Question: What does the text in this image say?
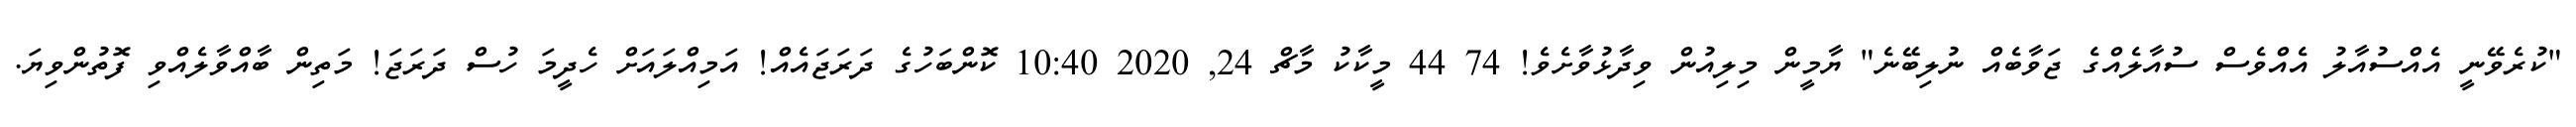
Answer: "ކުރެވޭނީ އެއްސުއާލު އެއްވެސް ސުއާލެއްގެ ޖަވާބެއް ނުލިބޭނެ" ޔާމީން މިލިއުން ވިދާޅުވާށެވެ! 74 44 މީކާކު މާޗް 24, 2020 10:40 ކޮންބަހުގެ ދަރަޖައެއް! އަމިއްލައަށް ހެދީމަ ހުސް ދަރަޖަ! މަތިން ބާއްވާލެއްވި ފޮތުންވިޔަ.